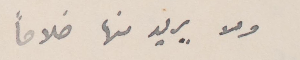
ولا يريد منها خلافًا